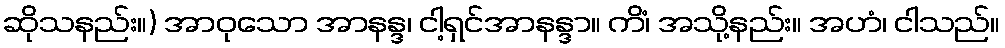
ဆိုသနည်း။) အာဝုသော အာနန္ဒ၊ ငါ့ရှင်အာနန္ဒာ။ ကိံ၊ အသို့နည်း။ အဟံ၊ ငါသည်။